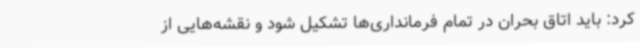
کرد: باید اتاق بحران در تمام فرمانداری‌ها تشکیل شود و نقشه‌هایی از